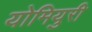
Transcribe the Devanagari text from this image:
योमियुरी